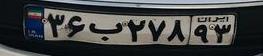
۳۶ب۲۷۸۹۳